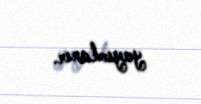
yayımlanır.